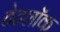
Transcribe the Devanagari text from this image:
टेटलॉक